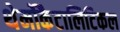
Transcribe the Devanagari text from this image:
थेर्मोकैटालिटिकल